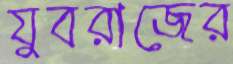
যুবরাজের